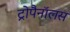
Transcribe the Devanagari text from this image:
ट्रोपैनॉलस